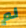
لم